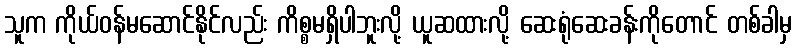
သူက ကိုယ်ဝန်မဆောင်နိုင်လည်း ကိစ္စမရှိပါဘူးလို့ ယူဆထားလို့ ဆေးရုံဆေးခန်းကိုတောင် တစ်ခါမှ